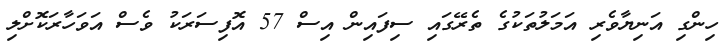
ހިންގި އަނިޔާވެރި އަމަލުތަކުގެ ތެރޭގައި ސިފައިން އިސް 57 އޮފިސަރަކު ވެސް އަވަހާރަކޮށްލި